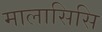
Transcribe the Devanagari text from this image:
मालासिसि